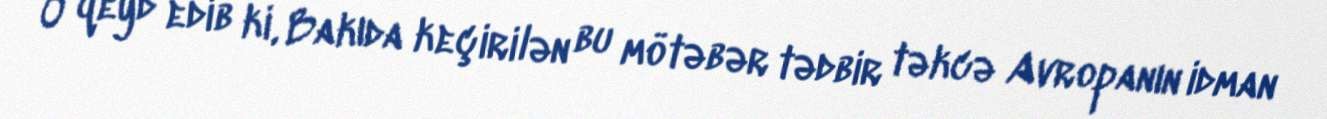
O qeyd edib ki, Bakıda keçirilən bu mötəbər tədbir təkcə Avropanın idman